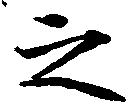
之